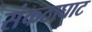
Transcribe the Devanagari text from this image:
संकठाघाट